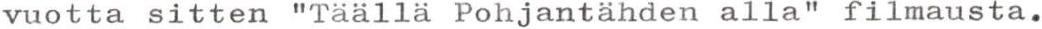
vuotta sitten "Täällä Pohjantähden alla" filmausta.